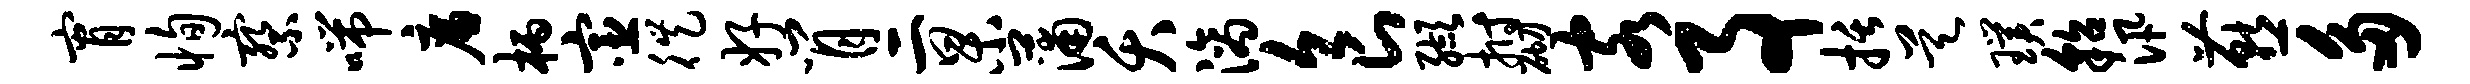
宵恂察喘廉柄宦徙好肖二杲蒲夭滴食缬拊砌客事括昊璞貂汛燕多